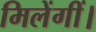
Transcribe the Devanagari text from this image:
मिलेंगीं।